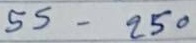
55 - 250